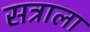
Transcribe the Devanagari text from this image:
सत्राला